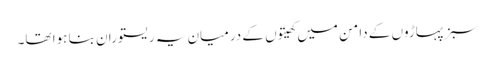
سبز پہاڑوں کے دامن میں کھیتوں کے درمیان یہ ریستوران بنا ہوا تھا۔